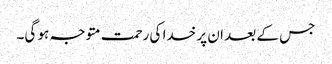
جس کے بعد ان پر خدا کی رحمت متوجہ ہو گی۔